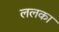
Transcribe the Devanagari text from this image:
ललका